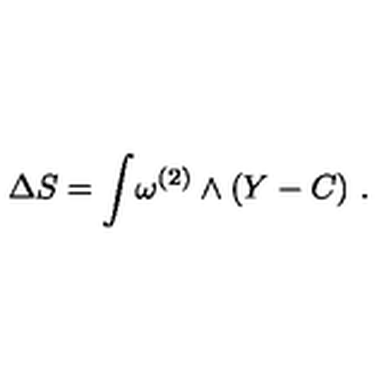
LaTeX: \Delta S = \int \! \omega ^ { ( 2 ) } \wedge ( Y - C ) \ .